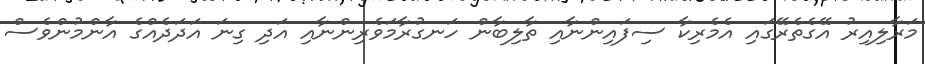
މަރާލިއިރު އޭގެތެރޭގައި އެމެރިކާ ސިފައިންނާއި ތާލިބާން ހަނގުރާމަވެރިންނާއި އަދި ގިނަ އަދަދެއްގެ އާންމުންވެސް